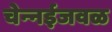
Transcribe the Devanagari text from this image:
चेन्‍नईजवळ